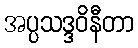
အပ္ပသဒ္ဒဝိနီတာ